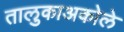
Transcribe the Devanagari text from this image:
तालुकाअकोले